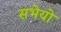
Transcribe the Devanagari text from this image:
सभेयो